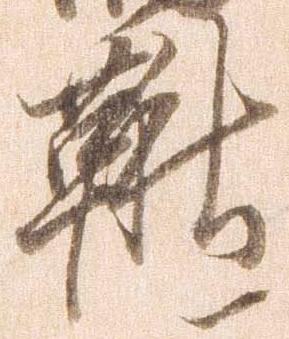
鞦